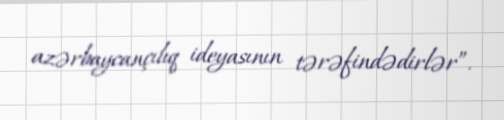
azərbaycançılıq ideyasının tərəfindədirlər”.